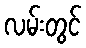
လမ်းတွင်